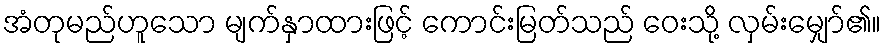
အံတုမည်ဟူသော မျက်နှာထားဖြင့် ကောင်းမြတ်သည် ဝေးသို့ လှမ်းမျှော်၏။